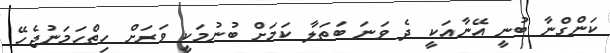
ކަންގްނާ ބުނީ އޭނާއަކީ ދެ ވަނަ ބަތަލާ ކަމަށް ބުނުމަކީ ވަރަށް ހިތްހަމަނުޖެހޭ